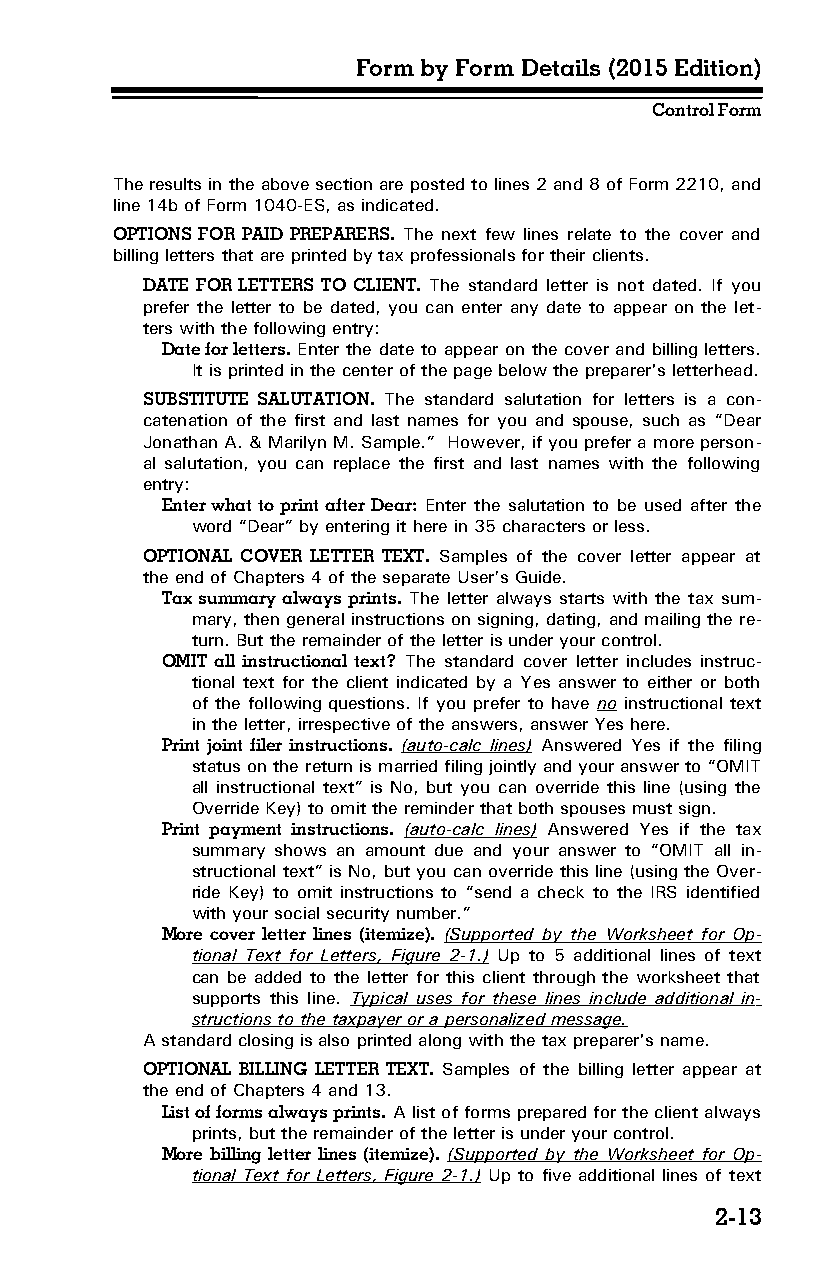
Form by Form Details (2015 Edition)
 Control Form
 The results in the above section are posted to lines 2 and 8 of Form 2210, and
 line 14b of Form 1040-ES, as indicated.
 OPTIONS FOR PAID PREPARERS. The next few lines relate to the cover and
 billing letters that are printed by tax professionals for their clients.
 DATE FOR LETTERS TO CLIENT. The standard letter is not dated. If you
 prefer the letter to be dated, you can enter any date to appear on the let­
 ters with the following entry:
 Date for letters. Enter the date to appear on the cover and billing letters.
 It is printed in the center of the page below the preparer's letterhead.
 SUBSTITUTE SALUTATION. The standard salutation for letters is a con­
 catenation of the first and last names for you and spouse, such as “Dear
 Jonathan A. & Marilyn M. Sample.” However, if you prefer a more person­
 al salutation, you can replace the first and last names with the following
 entry:
 Enter what to print after Dear: Enter the salutation to be used after the
 word “Dear” by entering it here in 35 characters or less.
 OPTIONAL COVER LETTER TEXT. Samples of the cover letter appear at
 the end of Chapters 4 of the separate User’s Guide.
 Tax summary always prints. The letter always starts with the tax sum­
 mary, then general instructions on signing, dating, and mailing the re­
 turn. But the remainder of the letter is under your control.
 OMIT all instructional text? The standard cover letter includes instruc­
 tional text for the client indicated by a Yes answer to either or both
 of the following questions. If you prefer to have no instructional text
 in the letter, irrespective of the answers, answer Yes here.
 Print joint filer instructions. (auto-calc lines) Answered Yes if the filing
 status on the return is married filing jointly and your answer to “OMIT
 all instructional text” is No, but you can override this line (using the
 Override Key) to omit the reminder that both spouses must sign.
 Print payment instructions. (auto-calc lines) Answered Yes if the tax
 summary shows an amount due and your answer to “OMIT all in­
 structional text” is No, but you can override this line (using the Over­
 ride Key) to omit instructions to “send a check to the IRS identified
 with your social security number.”
 More cover letter lines (itemize). (Supported by the Worksheet for Op­
 tional Text for Letters, Figure 2-1.) Up to 5 additional lines of text
 can be added to the letter for this client through the worksheet that
 supports this line. Typical uses for these lines in clude additional in­
 structions to the taxpayer or a personalized message.
 A standard closing is also printed along with the tax preparer's name.
 OPTIONAL BILLING LETTER TEXT. Samples of the billing letter appear at
 the end of Chapters 4 and 13.
 List of forms always prints. A list of forms prepared for the client always
 prints, but the remainder of the letter is under your control.
 More billing letter lines (itemize). (Supported by the Worksheet for Op­
 tional Text for Letters, Figure 2-1.) Up to five additional lines of text
 2-13